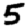
Digit: 5